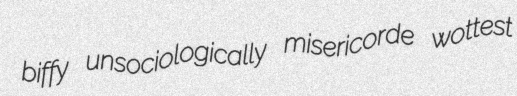
biffy unsociologically misericorde wottest